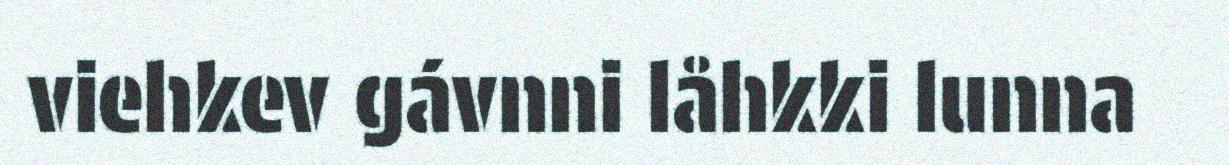
viehkev gávnni låhkki lunna